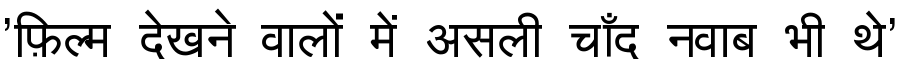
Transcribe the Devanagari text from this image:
'फ़िल्म देखने वालों में असली चाँद नवाब भी थे'